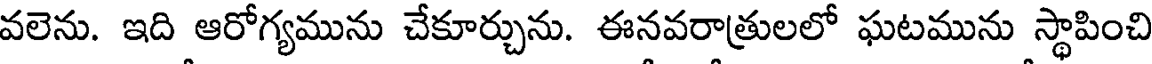
వలెను. ఇది ఆరోగ్యమును చేకూర్చును. ఈనవరాత్రులలో ఘటమును స్థాపించి